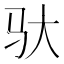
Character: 驮